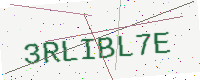
Text: 3RLIBL7E